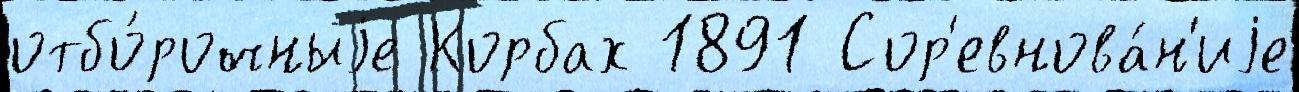
отбо́рочныjе Корбах 1891 Сор'евнова́н'иjе